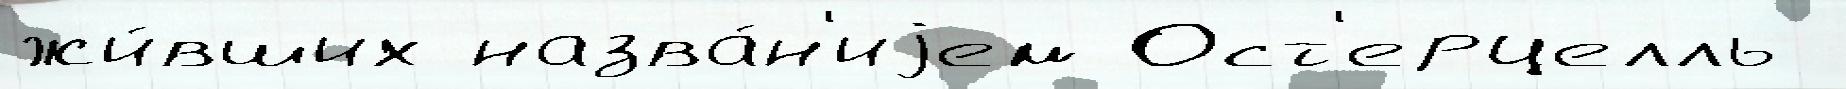
жи́вших назва́н'иjем Ост'ерцелль